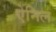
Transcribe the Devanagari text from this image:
ऐनिल